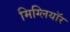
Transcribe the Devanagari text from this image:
मिग्लियॉर